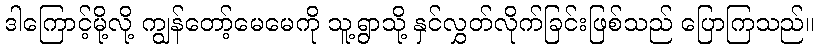
ဒါကြောင့်မို့လို့ ကျွန်တော့်မေမေကို သူ့ရွာသို့ နှင်လွှတ်လိုက်ခြင်းဖြစ်သည် ပြောကြသည်။